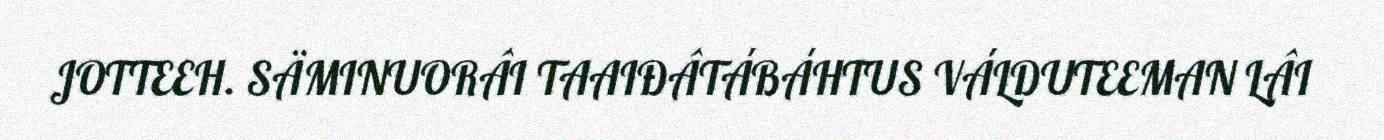
JOTTEEH. SÄMINUORÂI TAAIĐÂTÁBÁHTUS VÁLDUTEEMAN LÂI